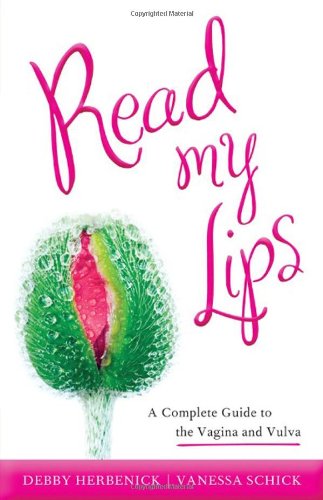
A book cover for Read My Lips: A Complete Guide to the Vagina and Vulva; Debby Herbenick; Health, Fitness & Dieting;